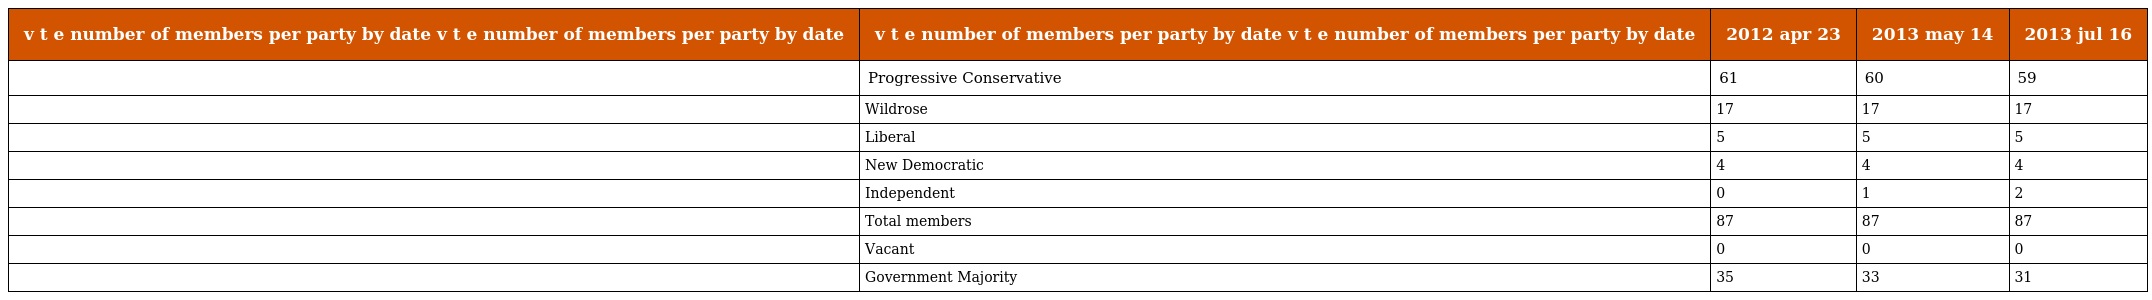
| v t e number of members per party by date v t e number of members per party by date | v t e number of members per party by date v t e number of members per party by date | 2012 apr 23 | 2013 may 14 | 2013 jul 16 |
 | --- | --- | --- | --- | --- |
 |  | Progressive Conservative | 61 | 60 | 59 |
 |  | Wildrose | 17 | 17 | 17 |
 |  | Liberal | 5 | 5 | 5 |
 |  | New Democratic | 4 | 4 | 4 |
 |  | Independent | 0 | 1 | 2 |
 |  | Total members | 87 | 87 | 87 |
 |  | Vacant | 0 | 0 | 0 |
 |  | Government Majority | 35 | 33 | 31 |